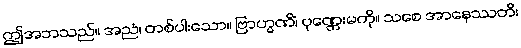
ဤအဘသည်။ အညံ၊ တစ်ပါးသော။ ဗြာဟ္မဏိံ၊ ပုဏ္ဏေးမကို။ သစေ အာနေဿတိ၊